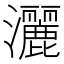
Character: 灑